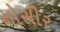
નોસીર